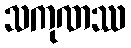
သကုဏဿ